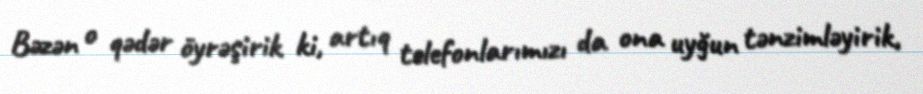
Bəzən o qədər öyrəşirik ki, artıq telefonlarımızı da ona uyğun tənzimləyirik,